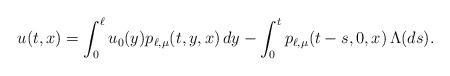
LaTeX: \begin{align*}u(t,x)=\int_0^\ell u_0(y)p_{\ell,\mu}(t,y,x)\,dy-\int_0^t p_{\ell,\mu}(t-s,0,x)\,\Lambda(ds).\end{align*}